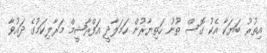
އިތުރު ބަޔަކާ އެކު ގޮސް ތޫނު ހަތިޔާރުން ހަމަލާދީ އަފްރާޝީމް މަރާލިކަމުގެ ދައުވާ